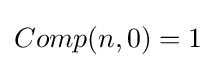
Comp(n,0)=1